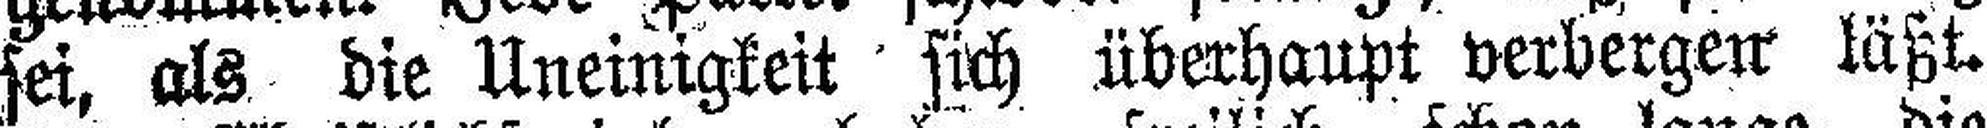
sei, als die Uneinigkeit sich überhaupt verbergen läßt.